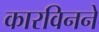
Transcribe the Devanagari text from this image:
कारविनने